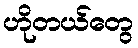
ဟိုတယ်တွေ